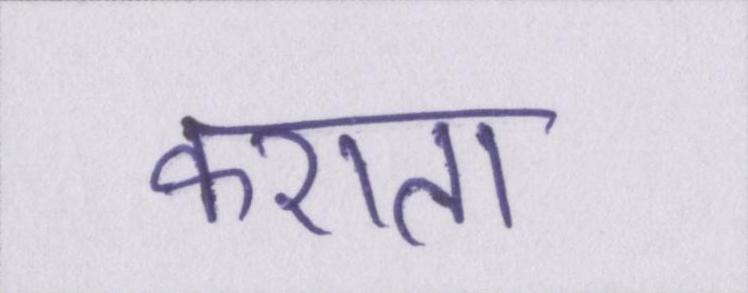
कराता